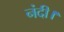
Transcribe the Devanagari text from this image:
नंदी।